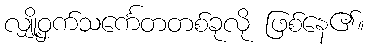
လျှို့ဝှက်သင်္ကေတတစ်ခုလို ဖြစ်နေ၏။